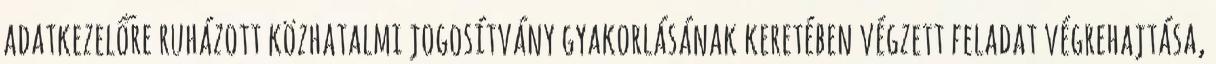
adatkezelőre ruházott közhatalmi jogosítvány gyakorlásának keretében végzett feladat végrehajtása,